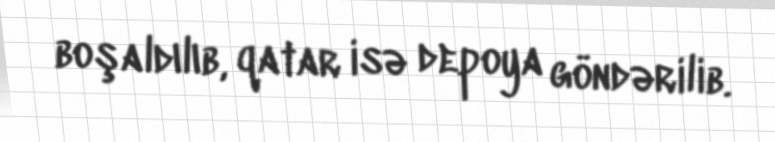
boşaldılıb, qatar isə depoya göndərilib.